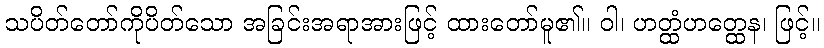
သပိတ်တော်ကိုပိတ်သော အခြင်းအရာအားဖြင့် ထားတော်မူ၏။ ဝါ၊ ဟတ္ထံဟတ္ထေန၊ ဖြင့်။